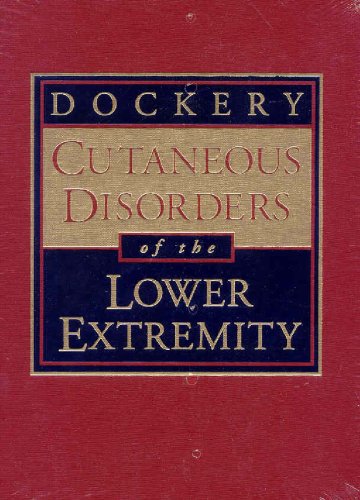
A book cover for Cutaneous Disorders of the Lower Extremity; G Dock Dockery DPM  FACFAS; Medical Books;